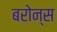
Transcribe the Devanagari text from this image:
बरोन्स